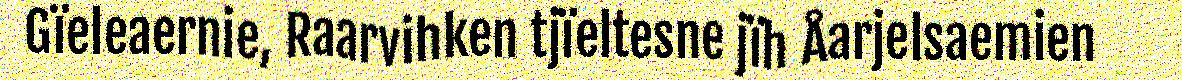
Gïeleaernie, Raarvihken tjïeltesne jïh Åarjelsaemien